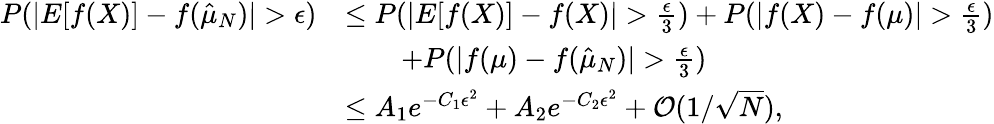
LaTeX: \begin{array}{rl}{P(|E[f(X)]-f(\hat{\mu}_{N})|>\epsilon)}&{\le P(|E[f(X)]-f(X)|>\frac{\epsilon}{3})+P(|f(X)-f(\mu)|>\frac{\epsilon}{3})}\\ &{\quad\quad+P(|f(\mu)-f(\hat{\mu}_{N})|>\frac{\epsilon}{3})}\\ &{\le A_{1}e^{-C_{1}\epsilon^{2}}+A_{2}e^{-C_{2}\epsilon^{2}}+\mathcal O(1/\sqrt{N}),}\end{array}